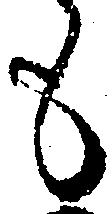
も